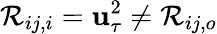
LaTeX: \mathcal{R}_{ij,i}=\mathbf{u}_{\tau}^{2}\ne\mathcal{R}_{ij,o}